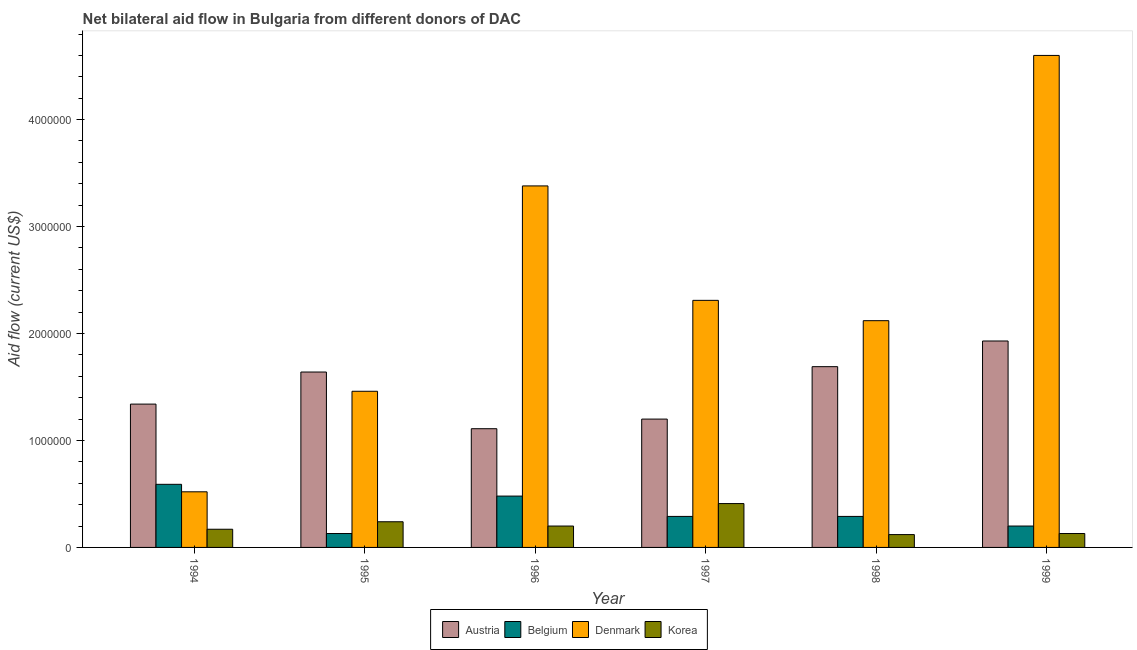
| Year | Austria | Belgium | Denmark | Korea |
 | --- | --- | --- | --- | --- |
 | 1994 | 1.34e+06 | 5.9e+05 | 5.2e+05 | 1.7e+05 |
 | 1995 | 1.64e+06 | 1.3e+05 | 1.46e+06 | 2.4e+05 |
 | 1996 | 1.11e+06 | 4.8e+05 | 3.38e+06 | 2e+05 |
 | 1997 | 1.2e+06 | 2.9e+05 | 2.31e+06 | 4.1e+05 |
 | 1998 | 1.69e+06 | 2.9e+05 | 2.12e+06 | 1.2e+05 |
 | 1999 | 1.93e+06 | 2e+05 | 4.6e+06 | 1.3e+05 |